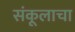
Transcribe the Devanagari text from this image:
संकूलाचा